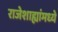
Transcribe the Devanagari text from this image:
राजेशाह्यांमध्ये